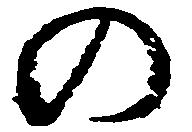
の